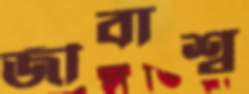
জীবাশ্ব